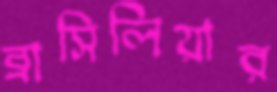
ব্রাসিলিয়ার